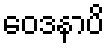
ဝေဒနာပိ